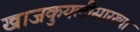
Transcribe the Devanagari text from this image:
खाजकुयलीसारख्या